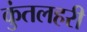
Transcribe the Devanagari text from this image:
कुंतलहरी